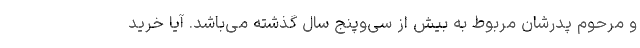
و مرحوم پدرشان مربوط به بیش از سی‌وپنج سال گذشته می‌باشد. آیا خرید